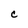
Character: C